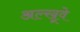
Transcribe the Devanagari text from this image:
अल्खूवे